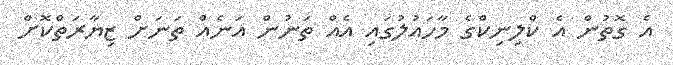
އެ ގޮތުން އެ ކްލިނިކްގެ މާހައުލުގައި އެއް ތަނުން އަނެއް ތަނަށް ޒިޔާރަތްކޮށް